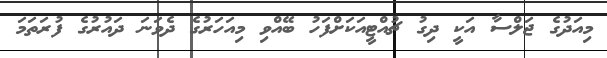
މިއަދުގެ ޖަލްސާ އަކީ ދިގު ޗުއްޓީއަކަށްފަހު ބޭއްވި މިއަހަރުގެ ދެވަނަ ދައުރުގެ ފުރަތަމަ